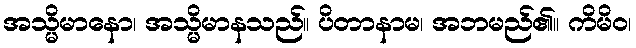
အသ္မိမာနော၊ အသ္မိမာနသည်။ ပိတာနာမ၊ အဘမည်၏။ ကိမိဝ၊